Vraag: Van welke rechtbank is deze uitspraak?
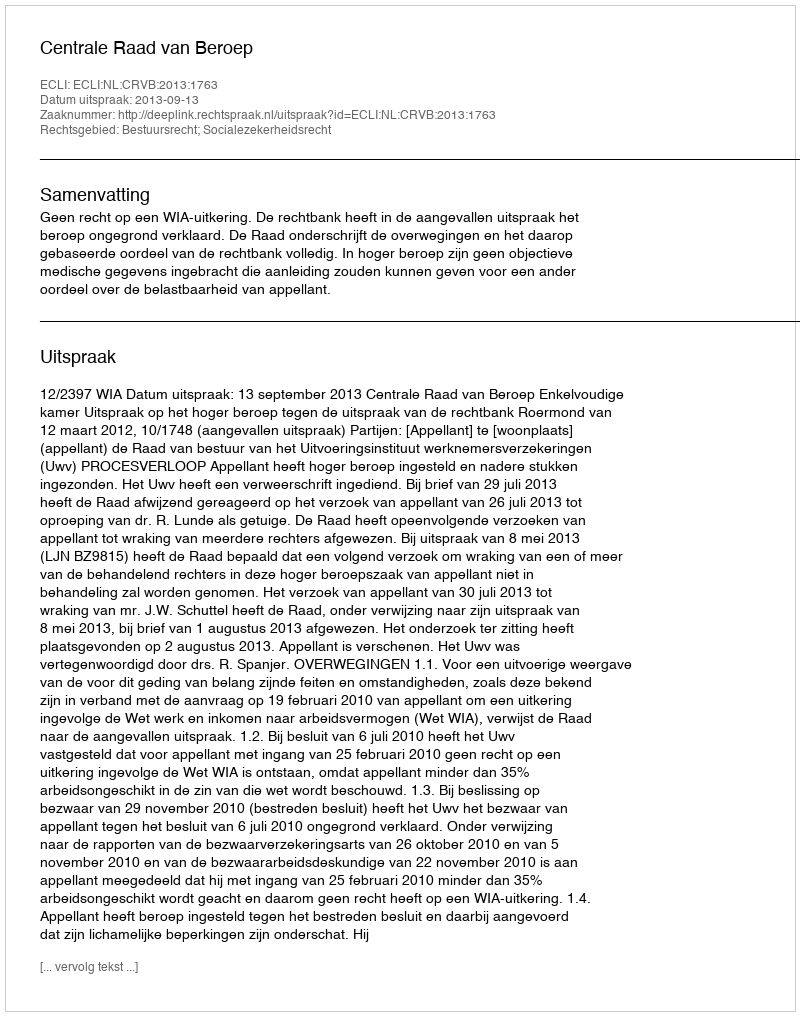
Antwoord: Centrale Raad van Beroep